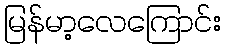
မြန်မာ့လေကြောင်း